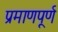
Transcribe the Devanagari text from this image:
प्रमाणपूर्ण